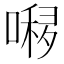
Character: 𱔏